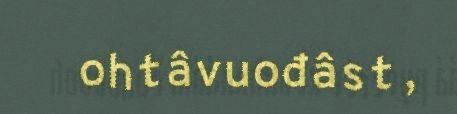
ohtâvuođâst,